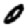
Digit: 0